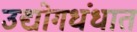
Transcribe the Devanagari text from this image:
उद्योगधंधात